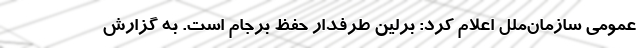
عمومی سازمان‌ملل اعلام کرد: برلین طرفدار حفظ برجام است. به گزارش